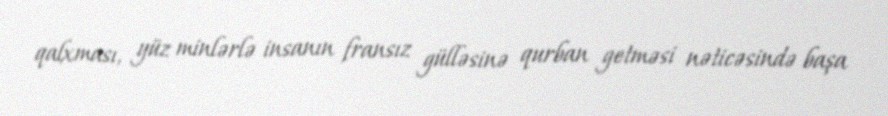
qalxması, yüz minlərlə insanın fransız gülləsinə qurban getməsi nəticəsində başa